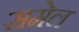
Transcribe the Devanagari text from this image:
समेल